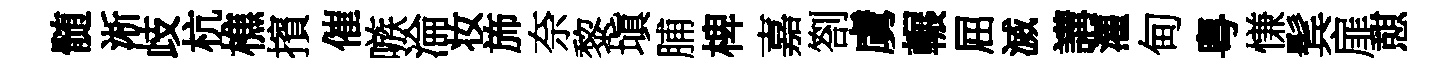
髄淅歧杭樵擯催嗾淪妆斾奈黎塡脯椑嘉劄虜輾屈滅講灌甸粤慊鬂扉憇